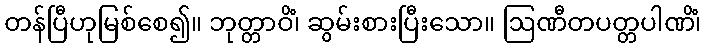
တန်ပြီဟုမြစ်စေ၍။ ဘုတ္တာဝိံ၊ ဆွမ်းစားပြီးသော။ ဩဏီတပတ္တပါဏိံ၊